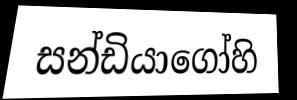
සන්ඩියාගෝහි